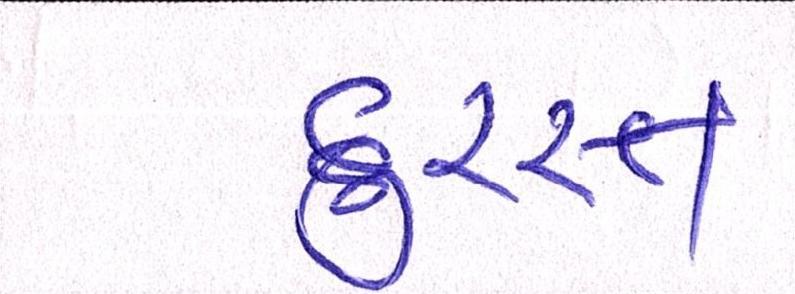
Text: દુરસ્ત